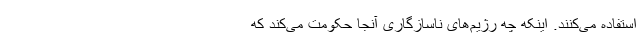
استفاده می‌کنند. اینکه چه رژیم‌های ناسازگاری آنجا حکومت می‌کند که